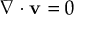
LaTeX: \nabla \cdot \mathbf { v } = 0